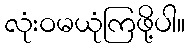
လုံးဝမယုံကြဖို့ပါ။